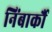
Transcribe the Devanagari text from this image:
निंबार्कौ